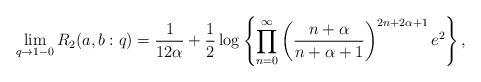
LaTeX: \begin{align*}\lim_{q \to 1-0} R_{2}(a,b:q) = \frac{1}{12\alpha} + \frac12 \log \left\{ \prod_{n=0}^{\infty} \left( \frac{n+\alpha}{n+\alpha+1} \right)^{2n+2\alpha +1} e^{2} \right\},\end{align*}